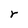
Character: r